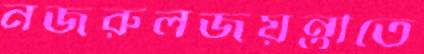
নজরুলজয়ন্তীতে